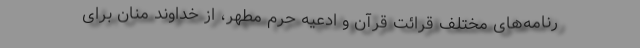
رنامه‌های مختلف قرائت قرآن و ادعیه حرم مطهر، از خداوند منان برای